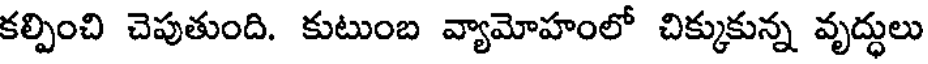
కల్పించి చెపుతుంది. కుటుంబ వ్యామోహంలో చిక్కుకున్న వృద్ధులు